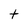
Character: t